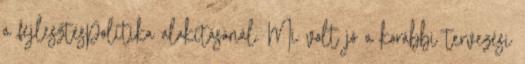
a fejlesztéspolitika alakításánál. Mi volt jó a korábbi tervezési